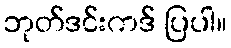
ဘုတ်ဒင်းကဒ် ပြပါ။